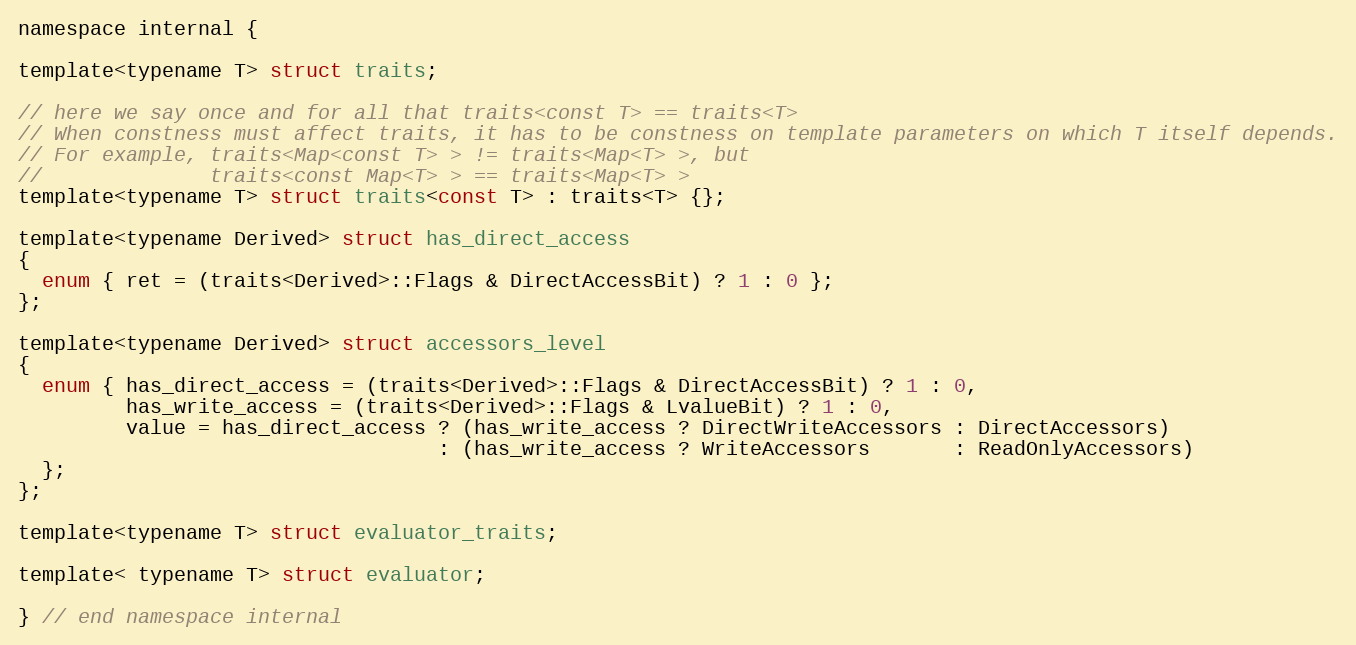
Language: C
namespace internal {

template<typename T> struct traits;

// here we say once and for all that traits<const T> == traits<T>
// When constness must affect traits, it has to be constness on template parameters on which T itself depends.
// For example, traits<Map<const T> > != traits<Map<T> >, but
//              traits<const Map<T> > == traits<Map<T> >
template<typename T> struct traits<const T> : traits<T> {};

template<typename Derived> struct has_direct_access
{
  enum { ret = (traits<Derived>::Flags & DirectAccessBit) ? 1 : 0 };
};

template<typename Derived> struct accessors_level
{
  enum { has_direct_access = (traits<Derived>::Flags & DirectAccessBit) ? 1 : 0,
         has_write_access = (traits<Derived>::Flags & LvalueBit) ? 1 : 0,
         value = has_direct_access ? (has_write_access ? DirectWriteAccessors : DirectAccessors)
                                   : (has_write_access ? WriteAccessors       : ReadOnlyAccessors)
  };
};

template<typename T> struct evaluator_traits;

template< typename T> struct evaluator;

} // end namespace internal